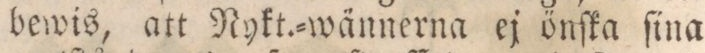
bewis, att Nykt.=wännerna ej önſka ſina